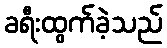
ခရီးထွက်ခဲ့သည်